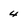
Character: 4